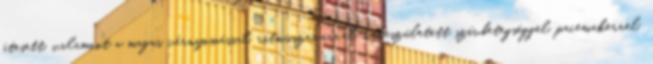
átesett, valamint a magas vérnyomással, ritmuszavarral, veleszületett szívbetegséggel, pacemakerrel,